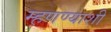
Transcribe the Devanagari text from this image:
म्हणण्याशी